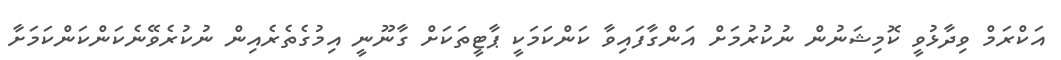
އަކްރަމް ވިދާޅުވީ ކޮމިޝަނުން ނުކުރުމަށް އަންގާފައިވާ ކަންކަމަކީ ޕާޓީތަކަށް ގާނޫނީ އިމުގެތެރެއިން ނުކުރެވޭނެކަންކަންކަމަށާ